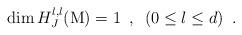
LaTeX: \begin{align*}\dim {H^{l,l}_J}({\mbox{M}})=1\,\,\,,\,\,\,({0\leq l \leq d}) \,\,\,.\end{align*}